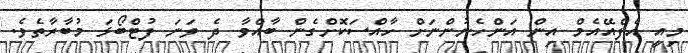
މިއީ އެފްއޭއެމް އިން އަންހެނުންނަށް ހާއްސަކޮށްގެން ބާއްވާ ދެ ވަނަ ފުޓްބޯޅަ މުބާރާތެވެ.